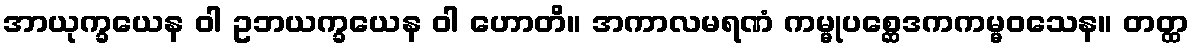
အာယုက္ခယေန ဝါ ဥဘယက္ခယေန ဝါ ဟောတိ။ အကာလမရဏံ ကမ္မုပစ္ဆေဒကကမ္မဝသေန။ တတ္ထ